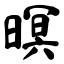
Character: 暝